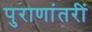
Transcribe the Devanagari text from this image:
पुराणांतरीं